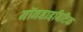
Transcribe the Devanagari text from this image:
नॉनडाइबिटिक